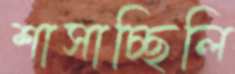
শাসাচ্ছিলি